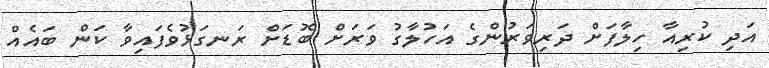
އަދި ކުރިއާ ހިލާފަށް ދަރިވަރުންގެ އަހުލާގު ވަރަށް ބޮޑަށް ރަނގަޅުވެފައިވާ ކަން ބައެއް